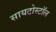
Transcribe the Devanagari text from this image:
सायटोस्टॉल